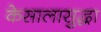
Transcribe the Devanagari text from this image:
केसालासुद्धा